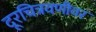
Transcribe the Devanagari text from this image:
दूरचित्रवणीवर